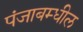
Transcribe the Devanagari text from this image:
पंजाबम्धील